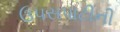
ઉપસપાટીની